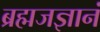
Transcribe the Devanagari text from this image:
ब्रह्मजज्ञानं